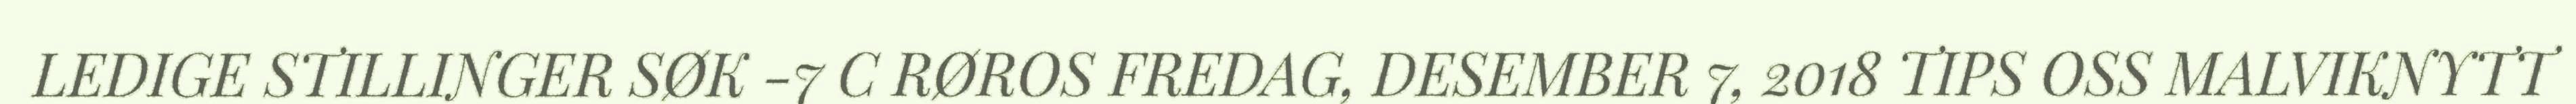
LEDIGE STILLINGER SØK -7 C RØROS FREDAG, DESEMBER 7, 2018 TIPS OSS MALVIKNYTT